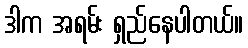
ဒါက အရမ်း ရှည်နေပါတယ်။